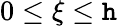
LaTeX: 0\le\xi\le\mathtt{h}